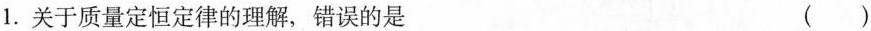
1.关于质量定恒定律的理解，错误的是 ( )